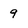
Character: 9